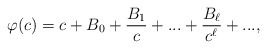
\begin{align*}\varphi(c)=c+B_0+\frac{B_1}{c}+...+\frac{B_\ell}{c^\ell}+...,\end{align*}